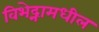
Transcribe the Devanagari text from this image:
विभेद्नामधील